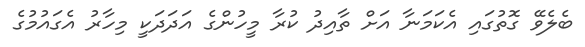
ބެލެވޭ ގޮތުގައި އެކަމަނާ އަށް ތާއިދު ކުރާ މީހުންގެ އަދަދަކީ މިހާރު އެގައުމުގެ